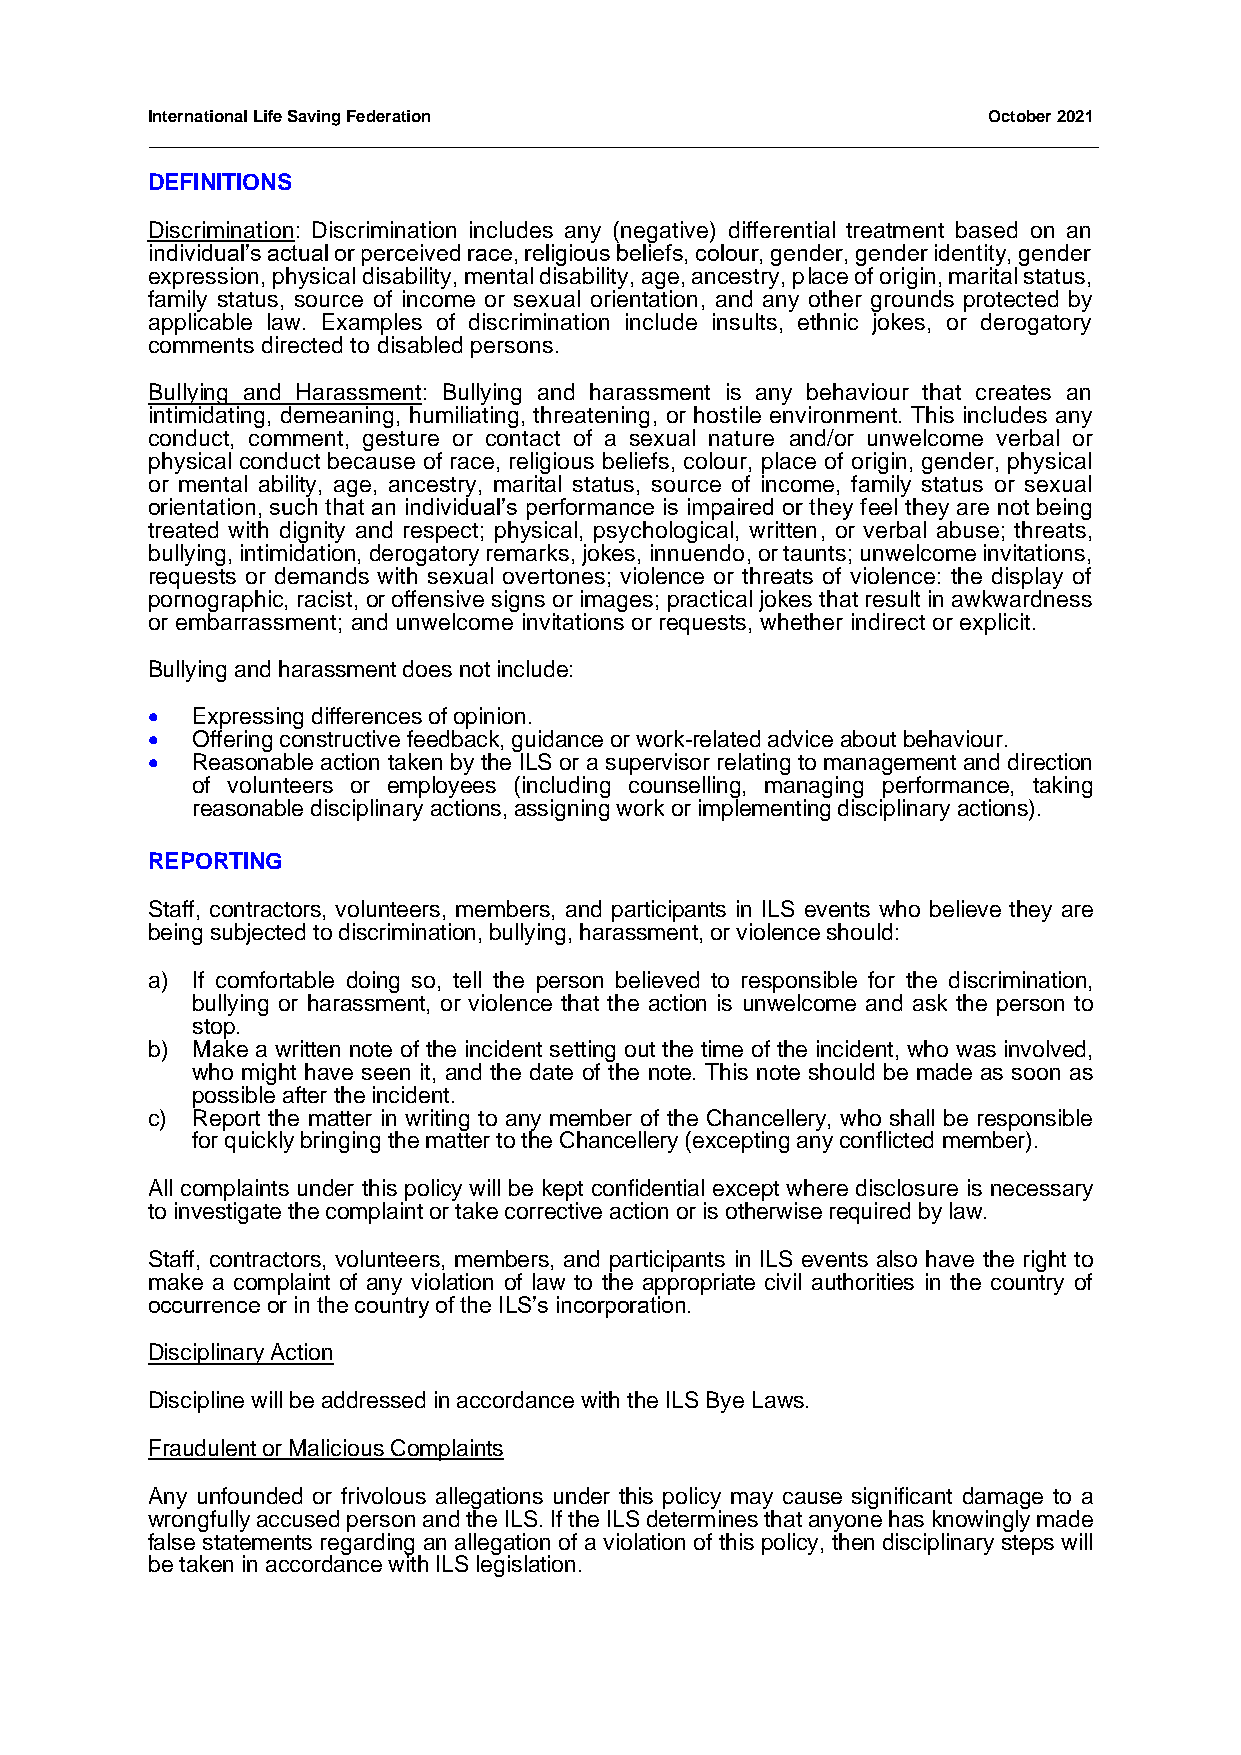
International Life Saving Federation                   October 2021
 DEFINITIONS
 Discrimination: Discrimination includes any (negative) differential treatment based on an
 individual’s actual or perceived race, religious beliefs, colour, gender, gender identity, gender
 expression, physical disability, mental disability, age, ancestry, place of origin, marital status,
 family status, source of income or sexual orientation, and any other grounds protected by
 applicable law. Examples of discrimination include insults, ethnic jokes, or derogatory
 comments directed to disabled persons.
 Bullying and Harassment: Bullying and harassment is any behaviour that creates an
 intimidating, demeaning, humiliating, threatening, or hostile environment. This includes any
 conduct, comment, gesture or contact of a sexual nature and/or unwelcome verbal or
 physical conduct because of race, religious beliefs, colour, place of origin, gender, physical
 or mental ability, age, ancestry, marital status, source of income, family status or sexual
 orientation, such that an individual’s performance is impaired or they feel they are not being
 treated with dignity and respect; physical, psychological, written, or verbal abuse; threats,
 bullying, intimidation, derogatory remarks, jokes, innuendo, or taunts; unwelcome invitations,
 requests or demands with sexual overtones; violence or threats of violence: the display of
 pornographic, racist, or offensive signs or images; practical jokes that result in awkwardness
 or embarrassment; and unwelcome invitations or requests, whether indirect or explicit.
 Bullying and harassment does not include:
 •  Expressing differences of opinion.
 •  Offering constructive feedback, guidance or work-related advice about behaviour.
 •  Reasonable action taken by the ILS or a supervisor relating to management and direction
 of volunteers or employees (including counselling, managing performance, taking
 reasonable disciplinary actions, assigning work or implementing disciplinary actions).
 REPORTING
 Staff, contractors, volunteers, members, and participants in ILS events who believe they are
 being subjected to discrimination, bullying, harassment, or violence should:
 a) If comfortable doing so, tell the person believed to responsible for the discrimination,
 bullying or harassment, or violence that the action is unwelcome and ask the person to
 stop.
 b) Make a written note of the incident setting out the time of the incident, who was involved,
 who might have seen it, and the date of the note. This note should be made as soon as
 possible after the incident.
 c) Report the matter in writing to any member of the Chancellery, who shall be responsible
 for quickly bringing the matter to the Chancellery (excepting any conflicted member).
 All complaints under this policy will be kept confidential except where disclosure is necessary
 to investigate the complaint or take corrective action or is otherwise required by law.
 Staff, contractors, volunteers, members, and participants in ILS events also have the right to
 make a complaint of any violation of law to the appropriate civil authorities in the country of
 occurrence or in the country of the ILS’s incorporation.
 Disciplinary Action
 Discipline will be addressed in accordance with the ILS Bye Laws.
 Fraudulent or Malicious Complaints
 Any unfounded or frivolous allegations under this policy may cause significant damage to a
 wrongfully accused person and the ILS. If the ILS determines that anyone has knowingly made
 false statements regarding an allegation of a violation of this policy, then disciplinary steps will
 be taken in accordance with ILS legislation.